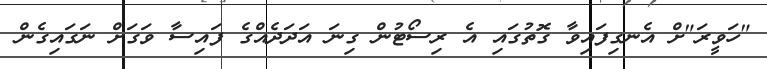
"ހަވީރަ"ށް އެނގިފައިވާ ގޮތުގައި އެ ރިސޯޓުން ގިނަ އަދަދެއްގެ ފައިސާ ވަގަށް ނަގައިގެން